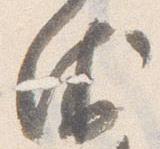
衛